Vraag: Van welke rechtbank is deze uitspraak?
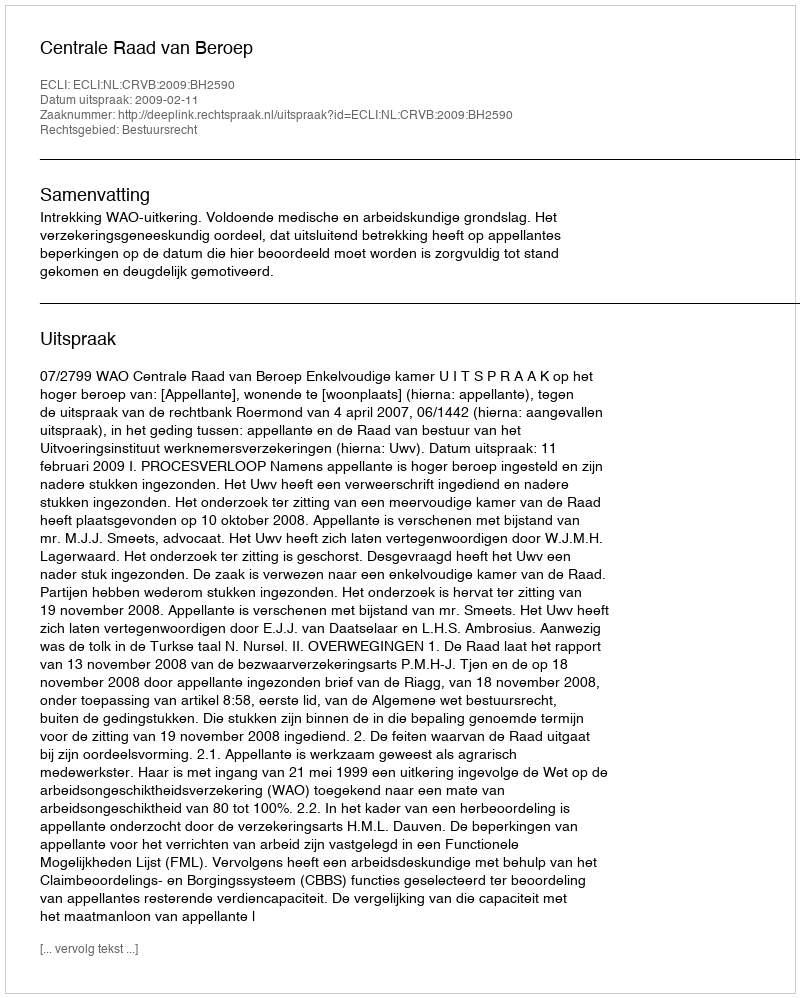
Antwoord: Centrale Raad van Beroep